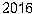
2016